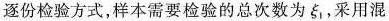
逐份检验方式，样本需要检验的总次数为\xi _{1}，采用